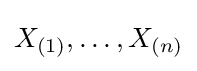
X_{(1)},\dotsc ,X_{(n)}